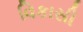
વિકાસી